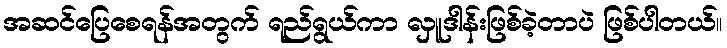
အဆင်ပြေစေရန်အတွက် ရည်ရွယ်ကာ လှူဒါန်းဖြစ်ခဲ့တာပဲ ဖြစ်ပါတယ်။